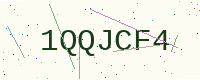
Text: 1QQJCF4